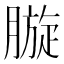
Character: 𣎓